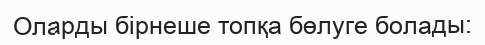
Оларды бірнеше топқа бөлуге болады: